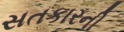
સતકારની